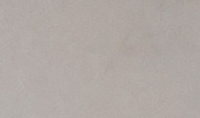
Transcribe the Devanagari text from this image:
माथिबाट